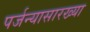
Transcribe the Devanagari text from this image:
पर्जन्यासारख्या